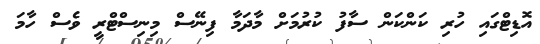
އޮޑިޓްގައި ހުރި ކަންކަން ސާފު ކުރުމަށް މާދަމާ ފިނޭސް މިނިސްޓްރީ ވެސް ހާމަ